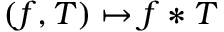
( f , T ) \mapsto f * T